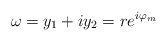
\begin{align*} \omega = y_1 + i y_2 = r e^{i \varphi_m} \end{align*}